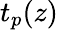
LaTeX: t_{p}(z)